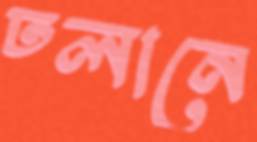
ঢলানে